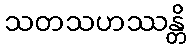
သတသဟဿန္တိ